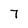
Character: 7